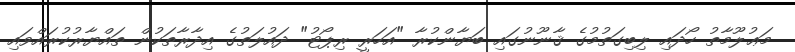
މަޢުލޫމާތު ހޯދައި ލިބިގަތުމުގެ ޤާނޫނުގައި ބަޔާންކުރާ "އަހަރީ ރިޕޯޓު" ދައުލަތުގެ އިދާރާތަކުން ތައްޔާރުކުރައްވައި